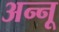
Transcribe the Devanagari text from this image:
अन्‍नू